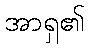
အာရှ၏